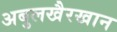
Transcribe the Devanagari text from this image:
अबुलखैरखान